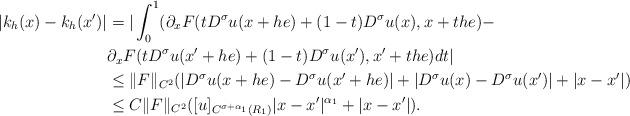
LaTeX: \begin{align*}|k_h(x)-k_h(x')|&=|\int_0^1 (\partial_x F(tD^\sigma u(x+he)+(1-t)D^\sigma u(x),x+the)-\\&\partial_x F(tD^\sigma u(x'+he)+(1-t)D^\sigma u(x'),x'+the)dt|\\&\le \|F\|_{C^2}(|D^\sigma u(x+he)-D^\sigma u(x'+he)|+|D^\sigma u(x)-D^\sigma u(x')|+|x-x'|)\\&\le C\|F\|_{C^2}([u]_{C^{\sigma+\alpha_1}(R_1)}|x-x'|^{\alpha_1}+|x-x'|).\end{align*}